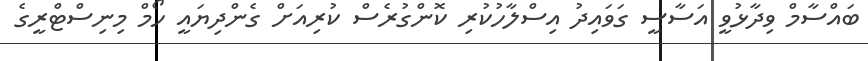
ބައްސާމް ވިދާޅުވީ އަސާސީ ގަވައިދު އިސްލާހުކުރި ކޮންގުރެސް ކުރިއަށް ގެންދިޔައީ ހޯމް މިނިސްޓްރީގެ